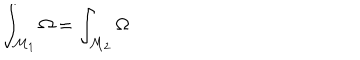
\int _ { \mathcal { M } _ { 1 } } \Omega = \int _ { \mathcal { M } _ { 2 } } \Omega